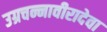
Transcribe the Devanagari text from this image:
उग्रचन्नावीरादेवा